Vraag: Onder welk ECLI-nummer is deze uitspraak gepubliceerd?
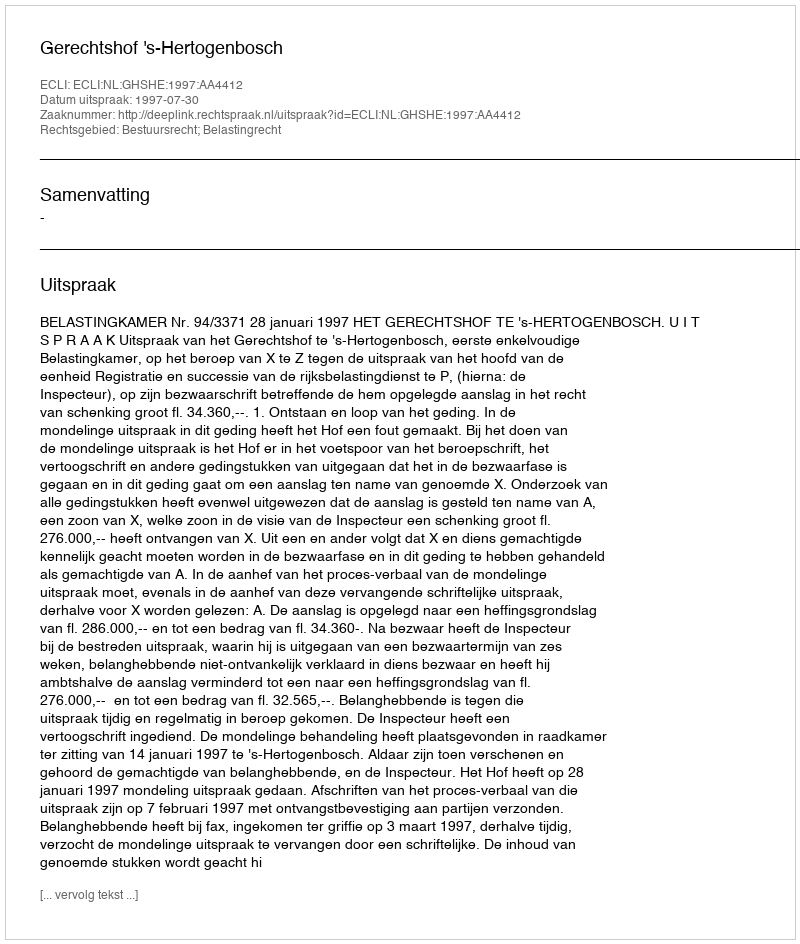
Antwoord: ECLI:NL:GHSHE:1997:AA4412